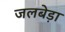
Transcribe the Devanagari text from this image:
जलबेड़ा